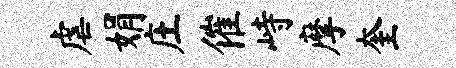
虐娟庄催峙摩奎